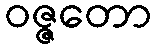
ဝဇ္ဇတော